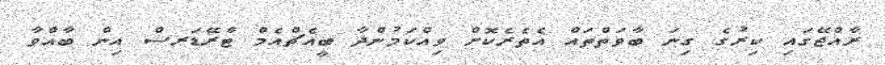
ރާއްޖޭގައި ކިރުގެ ގިނަ ބާވަތްތައް އެތެރެކޮށް ވިއްކަމުންދާ ބީއެޗްއެމް ޓްރޭޑަރސް އިން ބާއްވާ